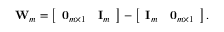
\mathbf W _ { m } = \left[ \begin{array} { l l } { \mathbf 0 _ { m \times 1 } } & { \mathbf I _ { m } } \end{array} \right] - \left[ \begin{array} { l l } { \mathbf I _ { m } } & { \mathbf 0 _ { m \times 1 } } \end{array} \right] .